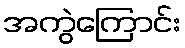
အကွဲကြောင်း